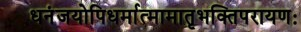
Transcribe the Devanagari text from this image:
धनंजयोपिधर्मात्मामातृभक्तिपरायणः